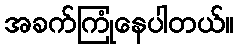
အခက်ကြုံနေပါတယ်။